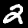
Label: 2